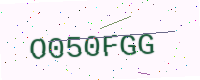
Text: O050FGG